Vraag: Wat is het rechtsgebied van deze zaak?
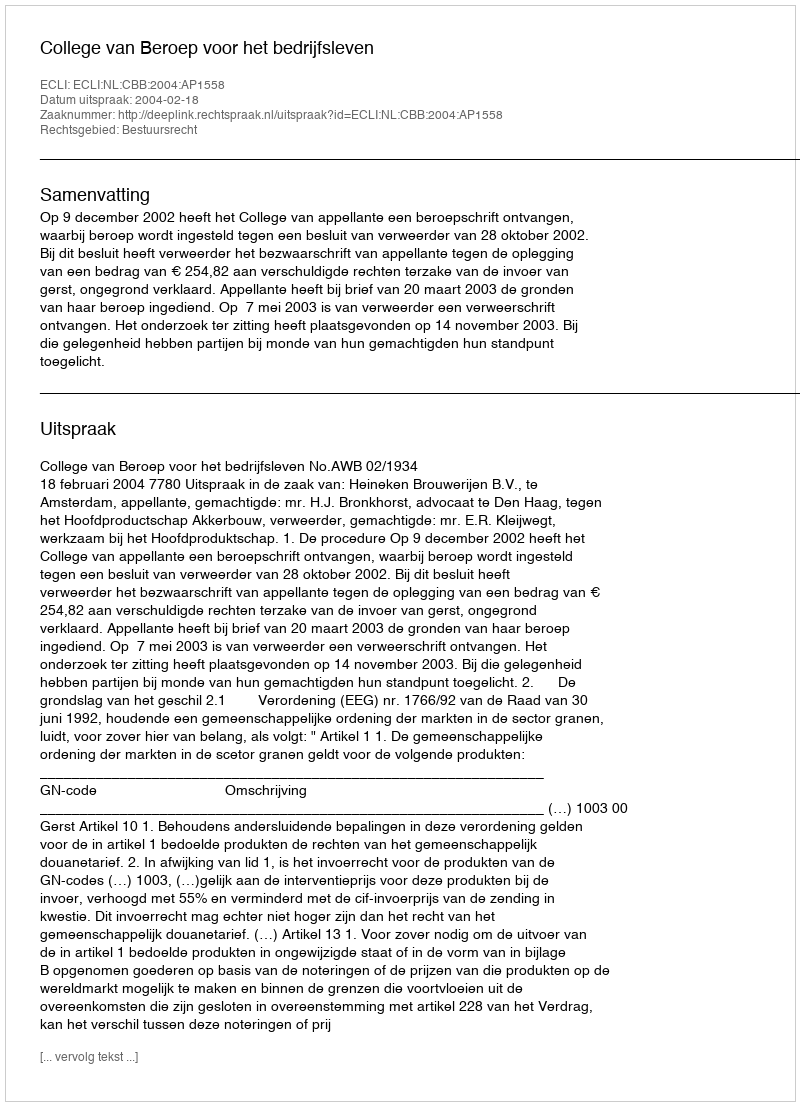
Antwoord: Bestuursrecht